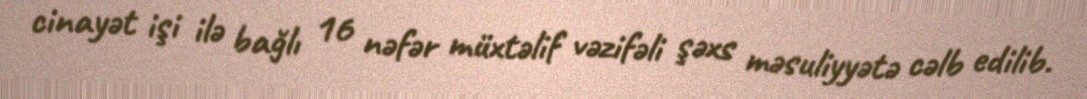
cinayət işi ilə bağlı 16 nəfər müxtəlif vəzifəli şəxs məsuliyyətə cəlb edilib.